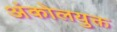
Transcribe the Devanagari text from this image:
अंकोलयुक्त